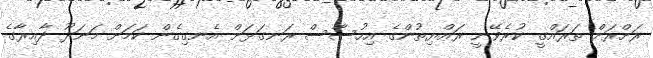
ރަށްރަށް ތަރައްގީ ކުރެވޭނީ ރައްޔިތުންގެ އިހުސާސް ރަނގަޅަށް އެނގިގެން ކަމަށް މަނަދޫ ދާއިރާގެ